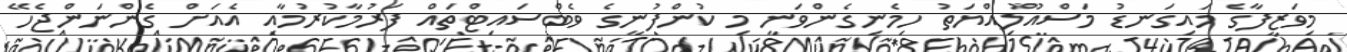
މިވަޒީފާގެ މައިގަނޑު މަސްއޫލިއްޔަތު ހިމެނިގެންވަނީ މި ކުންފުނީގެ ވެބްސައިޓްތައް ފަރުމާކުރުމާއި އެއަށް ގެންނަންޖެހޭ